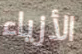
الأزياء